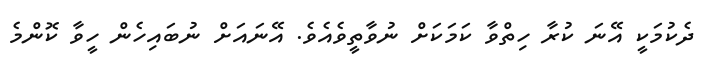
ދެކުމަކީ އޭނަ ކުރާ ހިތްވާ ކަމަކަށް ނުވާތީވެއެވެ. އޭނައަށް ނުބައިހެން ހީވާ ކޮންމެ